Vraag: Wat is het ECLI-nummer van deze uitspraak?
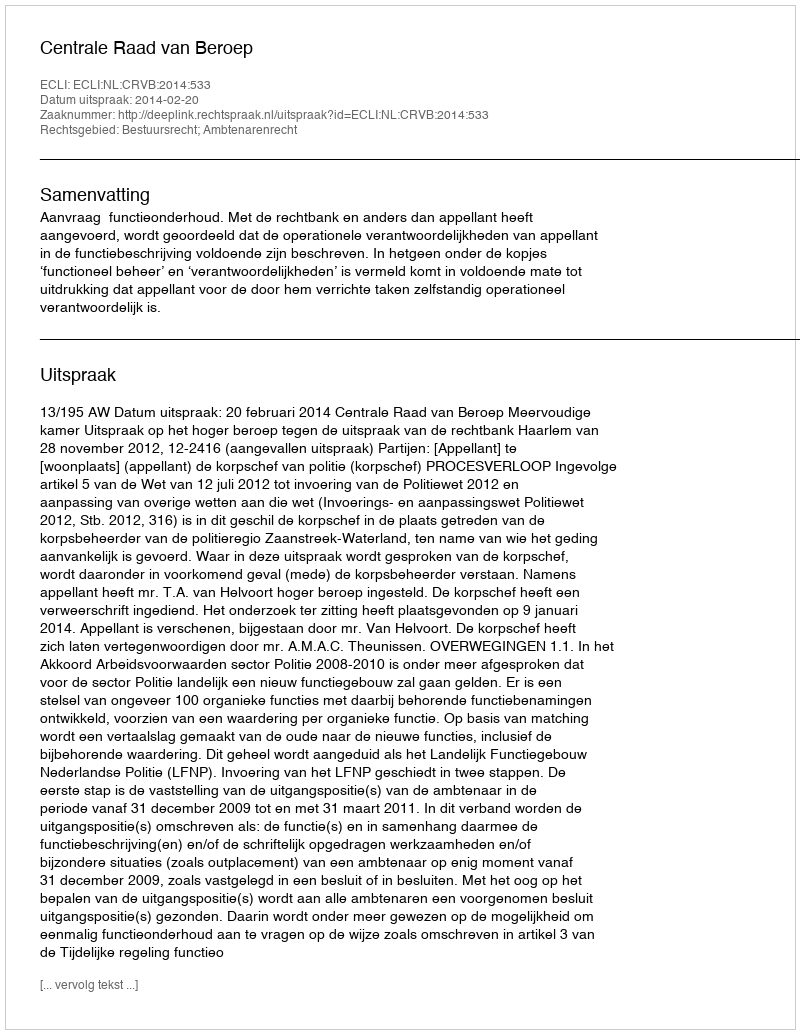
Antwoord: ECLI:NL:CRVB:2014:533